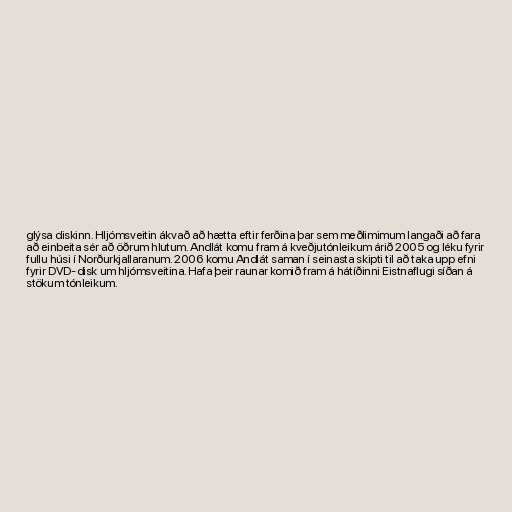
glýsa diskinn. Hljómsveitin ákvað að hætta eftir ferðina þar sem meðlimimum langaði að fara
að einbeita sér að öðrum hlutum. Andlát komu fram á kveðjutónleikum árið 2005 og léku fyrir
fullu húsi í Norðurkjallaranum. 2006 komu Andlát saman í seinasta skipti til að taka upp efni
fyrir DVD-disk um hljómsveitina. Hafa þeir raunar komið fram á hátíðinni Eistnaflugi síðan á
stökum tónleikum.